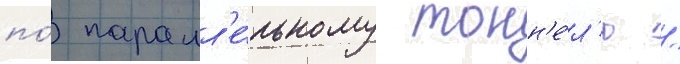
по́ паралл'е́льному тонн'е́л'ю /